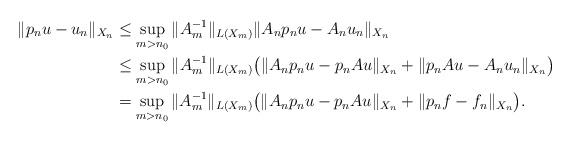
\begin{align*}\|p_nu-u_n\|_{X_n}&\leq \sup_{m>n_0} \|A_m^{-1}\|_{L(X_m)} \|A_np_nu-A_nu_n\|_{X_n}\\&\leq \sup_{m>n_0} \|A_m^{-1}\|_{L(X_m)} \big( \|A_np_nu-p_nAu\|_{X_n}+\|p_nAu-A_nu_n\|_{X_n} \big) \\&= \sup_{m>n_0} \|A_m^{-1}\|_{L(X_m)} \big( \|A_np_nu-p_nAu\|_{X_n}+\|p_nf-f_n\|_{X_n} \big).\end{align*}